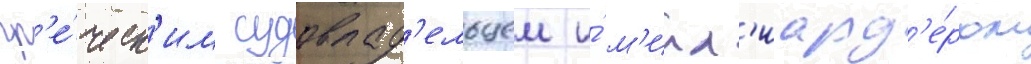
гр'е́ческ'им судовлад'ельцем и́ м'илл'иард'е́ром